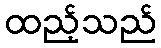
ထည့်သည်